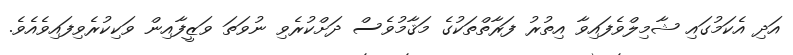
އަދި އެކަމުގައި ޝާމިލްވެފައިވާ އިތުރު ފަރާތްތަކުގެ މަޤާމުވެސް ދަށްކުރެވި ނުވަތަ ވަޒީފާއިން ވަކިކުރެވިފައިވެއެވެ.